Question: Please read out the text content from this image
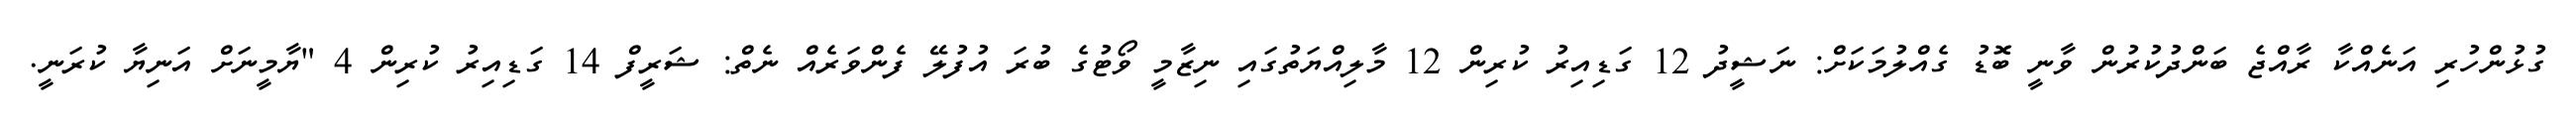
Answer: ގުޅުންހުރި އަނެއްކާ ރާއްޖެ ބަންދުކުރުން ވާނީ ބޮޑު ގެއްލުމަކަށް: ނަޝީދު 12 ގަޑިއިރު ކުރިން 12 މާލިއްޔަތުގައި ނިޒާމީ ވޯޓުގެ ބުރަ އުފުލޭ ފެންވަރެއް ނެތް: ޝަރީފް 14 ގަޑިއިރު ކުރިން 4 "ޔާމީނަށް އަނިޔާ ކުރަނީ.